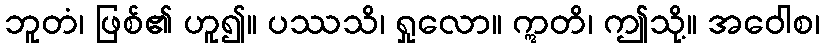
ဘူတံ၊ ဖြစ်၏ ဟူ၍။ ပဿသိ၊ ရှုလော။ ဣတိ၊ ဤသို့။ အဝေါစ၊